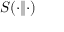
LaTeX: S ( \cdot \| \cdot )